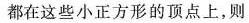
都在这些小正方形的顶点上，则